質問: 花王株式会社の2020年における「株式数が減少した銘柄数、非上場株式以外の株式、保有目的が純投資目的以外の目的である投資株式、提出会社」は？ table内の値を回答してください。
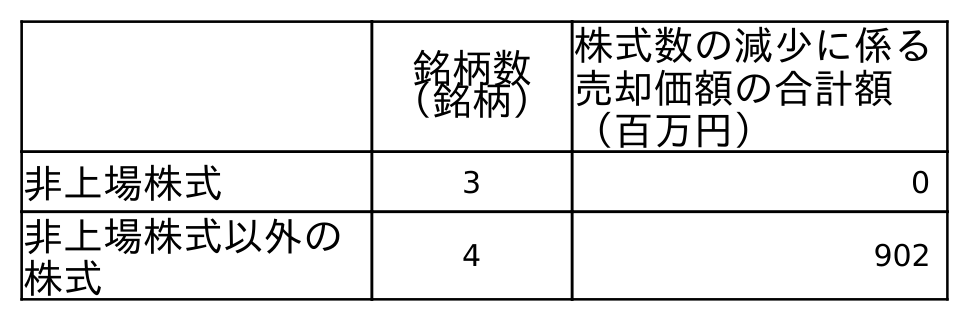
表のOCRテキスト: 銘柄数 （銘柄） 株式数の減少に係る 売却価額の合計額 （百万円） 非上場株式 3 0 非上場株式以外の 株式 4 902
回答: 4